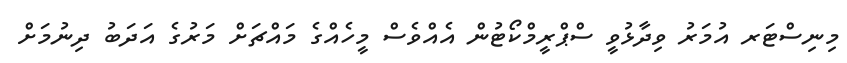
މިނިސްޓަރ އުމަރު ވިދާޅުވީ ސްޕްރީމްކޯޓުން އެއްވެސް މީހެއްގެ މައްޗަށް މަރުގެ އަދަބު ދިނުމަށް